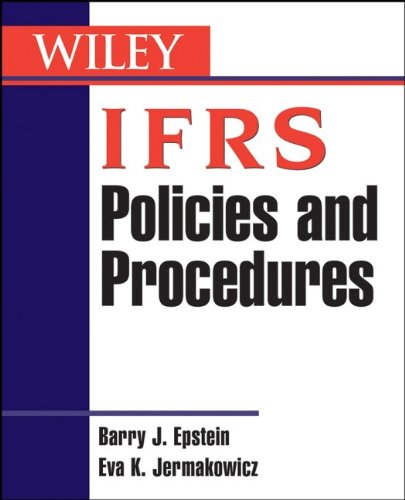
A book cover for IFRS Policies and Procedures; Barry J. Epstein; Business & Money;